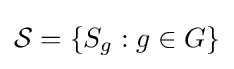
{\mathcal {S}}=\{S_{g}:g\in G\}